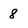
Character: 8